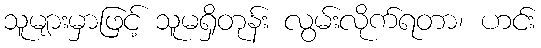
သူများမှာဖြင့် သူမရှိတုန်း လွမ်းလိုက်ရတာ၊ ဟင်း